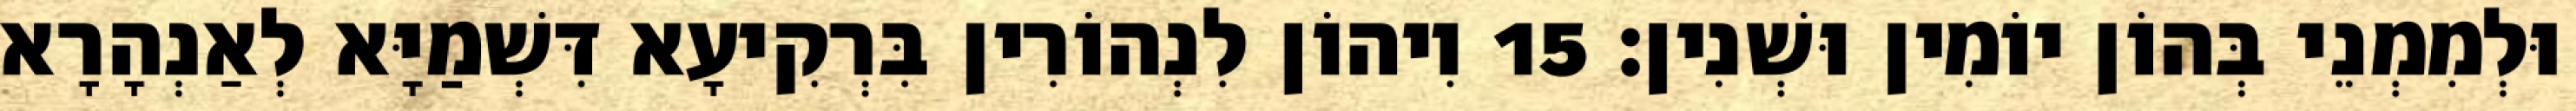
וּלְמִמְנֵי בְּהוֹן יוֹמִין וּשְׁנִין׃ 15 וִיהוֹן לִנְהוֹרִין בִּרְקִיעָא דִּשְׁמַיָּא לְאַנְהָרָא